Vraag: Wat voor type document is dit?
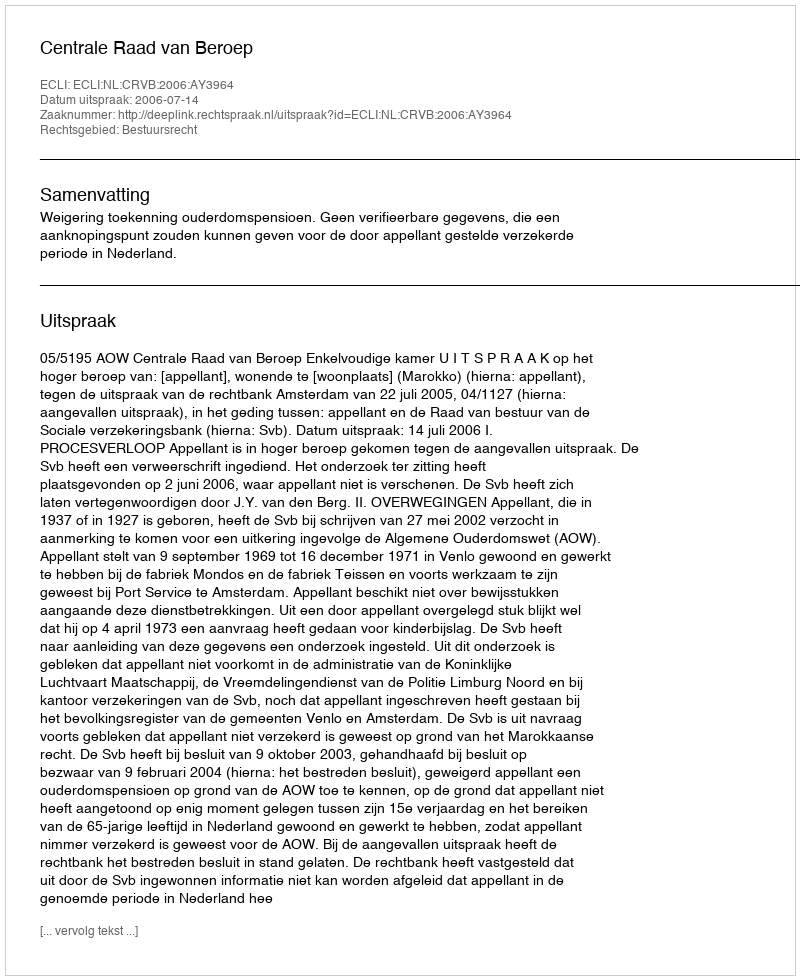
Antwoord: Uitspraak